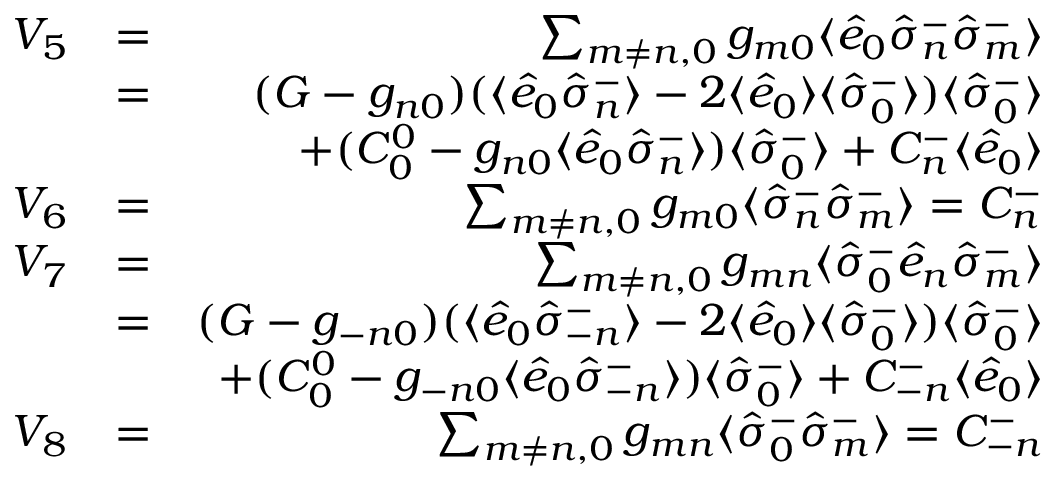
\begin{array} { r l r } { V _ { 5 } } & { = } & { \sum _ { m \neq n , 0 } g _ { m 0 } \langle \hat { e } _ { 0 } \hat { \sigma } _ { n } ^ { - } \hat { \sigma } _ { m } ^ { - } \rangle } \\ & { = } & { ( { \cal G } - g _ { n 0 } ) ( \langle \hat { e } _ { 0 } \hat { \sigma } _ { n } ^ { - } \rangle - 2 \langle \hat { e } _ { 0 } \rangle \langle \hat { \sigma } _ { 0 } ^ { - } \rangle ) \langle \hat { \sigma } _ { 0 } ^ { - } \rangle } \\ & { \null } & { + ( { \cal C } _ { 0 } ^ { 0 } - g _ { n 0 } \langle \hat { e } _ { 0 } \hat { \sigma } _ { n } ^ { - } \rangle ) \langle \hat { \sigma } _ { 0 } ^ { - } \rangle + { \cal C } _ { n } ^ { - } \langle \hat { e } _ { 0 } \rangle } \\ { V _ { 6 } } & { = } & { \sum _ { m \neq n , 0 } g _ { m 0 } \langle \hat { \sigma } _ { n } ^ { - } \hat { \sigma } _ { m } ^ { - } \rangle = { \cal C } _ { n } ^ { - } } \\ { V _ { 7 } } & { = } & { \sum _ { m \neq n , 0 } g _ { m n } \langle \hat { \sigma } _ { 0 } ^ { - } \hat { e } _ { n } \hat { \sigma } _ { m } ^ { - } \rangle } \\ & { = } & { ( { \cal G } - g _ { - n 0 } ) ( \langle \hat { e } _ { 0 } \hat { \sigma } _ { - n } ^ { - } \rangle - 2 \langle \hat { e } _ { 0 } \rangle \langle \hat { \sigma } _ { 0 } ^ { - } \rangle ) \langle \hat { \sigma } _ { 0 } ^ { - } \rangle } \\ & { \null } & { + ( { \cal C } _ { 0 } ^ { 0 } - g _ { - n 0 } \langle \hat { e } _ { 0 } \hat { \sigma } _ { - n } ^ { - } \rangle ) \langle \hat { \sigma } _ { 0 } ^ { - } \rangle + { \cal C } _ { - n } ^ { - } \langle \hat { e } _ { 0 } \rangle } \\ { V _ { 8 } } & { = } & { \sum _ { m \neq n , 0 } g _ { m n } \langle \hat { \sigma } _ { 0 } ^ { - } \hat { \sigma } _ { m } ^ { - } \rangle = { \cal C } _ { - n } ^ { - } } \end{array}